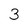
Character: 3